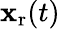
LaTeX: \mathbf{x}_{\mathrm{{r}}}(t)